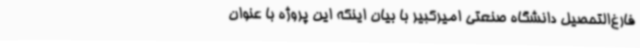
فارغ‌التحصیل دانشگاه صنعتی امیرکبیر با بیان اینکه این پروژه با عنوان